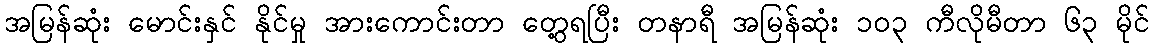
အမြန်ဆုံး မောင်းနှင် နိုင်မှု အားကောင်းတာ တွေ့ရပြီး တနာရီ အမြန်ဆုံး ၁၀၃ ကီလိုမီတာ ၆၃ မိုင်